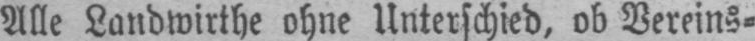
Alle Landwirthe ohne Unterschied, ob Vereins⸗